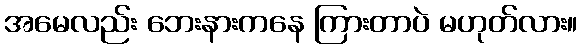
အမေလည်း ဘေးနားကနေ ကြားတာပဲ မဟုတ်လား။